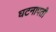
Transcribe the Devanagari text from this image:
घटनापती